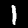
Digit: 1